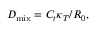
D _ { \mathrm { m i x } } = C _ { t } \kappa _ { T } / R _ { 0 } ,